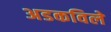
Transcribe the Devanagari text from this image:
अडकविले